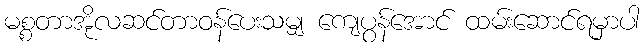
မစ္စတာအိုလဆင်တာဝန်ပေးသမျှ ကျေပွန်အောင် ထမ်းဆောင်ရမှာပါ